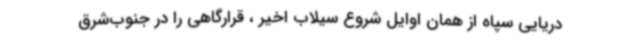
دریایی سپاه از همان اوایل شروع سیلاب اخیر ، قرارگاهی را در جنوب‌شرق